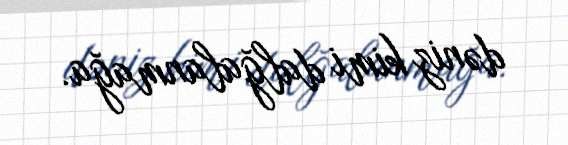
dəniz kimi dalğalanmağa.